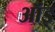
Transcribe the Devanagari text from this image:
ऑइ